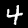
Label: 4